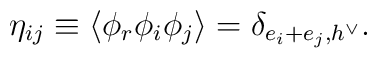
\eta_{ij}\equiv\langle \phi_{r}\phi_{i}\phi_{j}\rangle=\delta_{e_{i}+e_{j},h^{\vee}}.